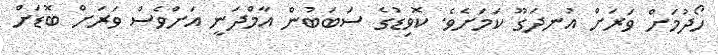
ހޯދުމަށް ވަރަށް އުނދަގޫ ކަމަށެވެ. ކޮވިޑުގެ ސަބަބުން އާމްދަނީ އަށްވެސް ވަރަށް ބޮޑަށް